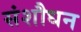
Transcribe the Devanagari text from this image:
संशौधन